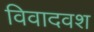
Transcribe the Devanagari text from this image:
विवादवश